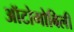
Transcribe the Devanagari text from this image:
ऑटोमोबिली